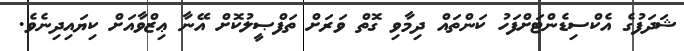
ޝަދަފުގެ އެކްސިޑެންޓަށްފަހު ކަންތައް ދިމާވި ގޮތް ވަރަށް ތަފްޞީލުކޮށް އޭނާ ޢިޒްވާއަށް ކިޔައިދިނެވެ.